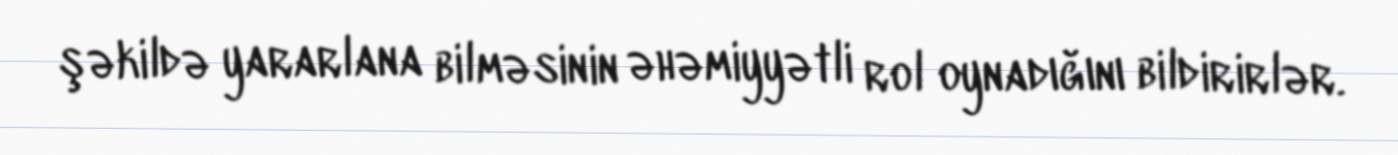
şəkildə yararlana bilməsinin əhəmiyyətli rol oynadığını bildirirlər.